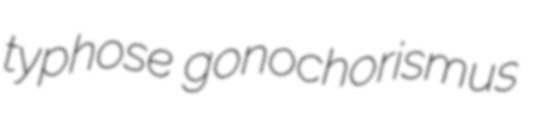
typhose gonochorismus